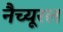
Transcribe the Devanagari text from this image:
नैच्यूरल